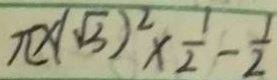
\pi \times ( \sqrt { 3 } ) ^ { 2 } \times \frac { 1 } { 2 } - \frac { 1 } { 2 }